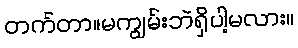
တက်တာ။မကျွမ်းဘဲရှိပါ့မလား။